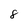
Character: 8